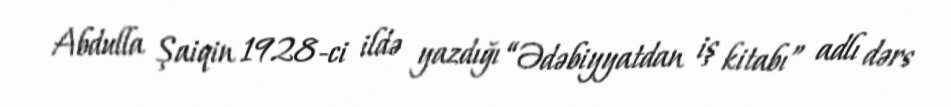
Abdulla Şaiqin 1928-ci ildə yazdığı “Ədəbiyyatdan iş kitabı” adlı dərs